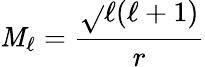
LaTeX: \mathit{M}_{\ell}=\frac{{\sqrt{}{{\ell(\ell+1)}}}}{{r}}